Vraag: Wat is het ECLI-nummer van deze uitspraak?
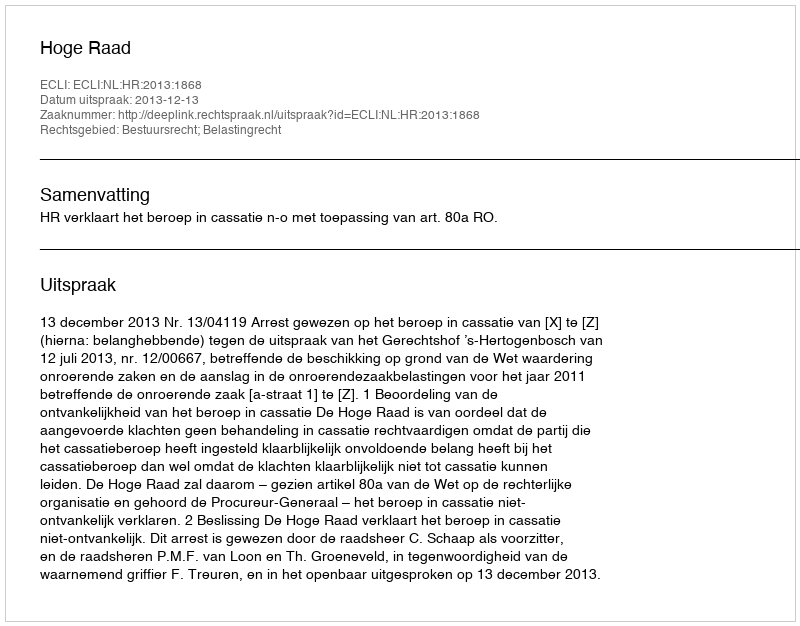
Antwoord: ECLI:NL:HR:2013:1868